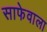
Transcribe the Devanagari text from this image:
साफेवाला